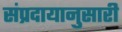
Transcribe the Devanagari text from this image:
संप्रदायानुसारी